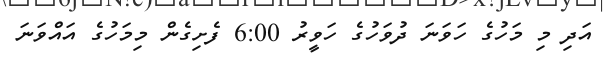
އަދި މި މަހުގެ ހަވަނަ ދުވަހުގެ ހަވީރު 6:00 ފެށިގެން މިމަހުގެ އައްވަނަ